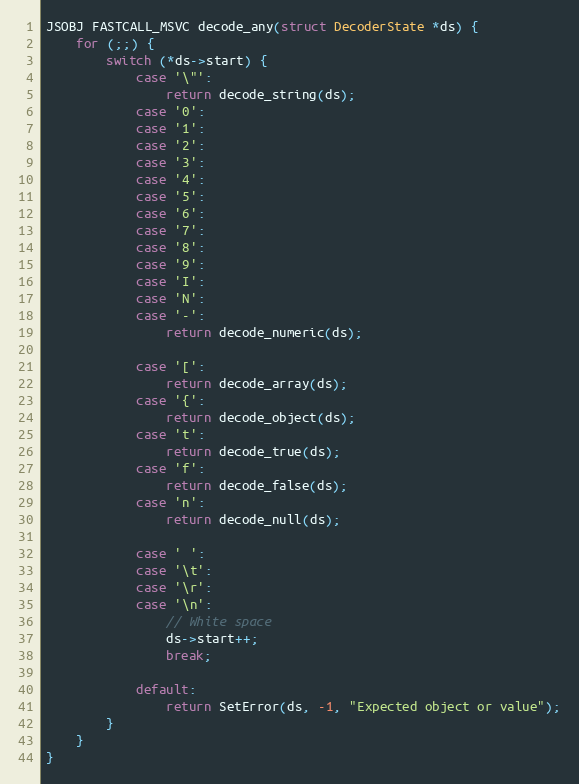
Language: C
JSOBJ FASTCALL_MSVC decode_any(struct DecoderState *ds) {
    for (;;) {
        switch (*ds->start) {
            case '\"':
                return decode_string(ds);
            case '0':
            case '1':
            case '2':
            case '3':
            case '4':
            case '5':
            case '6':
            case '7':
            case '8':
            case '9':
            case 'I':
            case 'N':
            case '-':
                return decode_numeric(ds);

            case '[':
                return decode_array(ds);
            case '{':
                return decode_object(ds);
            case 't':
                return decode_true(ds);
            case 'f':
                return decode_false(ds);
            case 'n':
                return decode_null(ds);

            case ' ':
            case '\t':
            case '\r':
            case '\n':
                // White space
                ds->start++;
                break;

            default:
                return SetError(ds, -1, "Expected object or value");
        }
    }
}